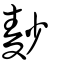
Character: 麨